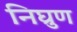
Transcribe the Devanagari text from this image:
निघ्रुण